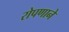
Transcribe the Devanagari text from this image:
रोपणाने